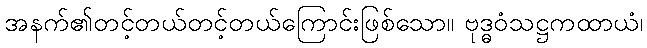
အနက်၏တင့်တယ်တင့်တယ်ကြောင်းဖြစ်သော။ ဗုဒ္ဓဝံသဋ္ဌကထာယံ၊